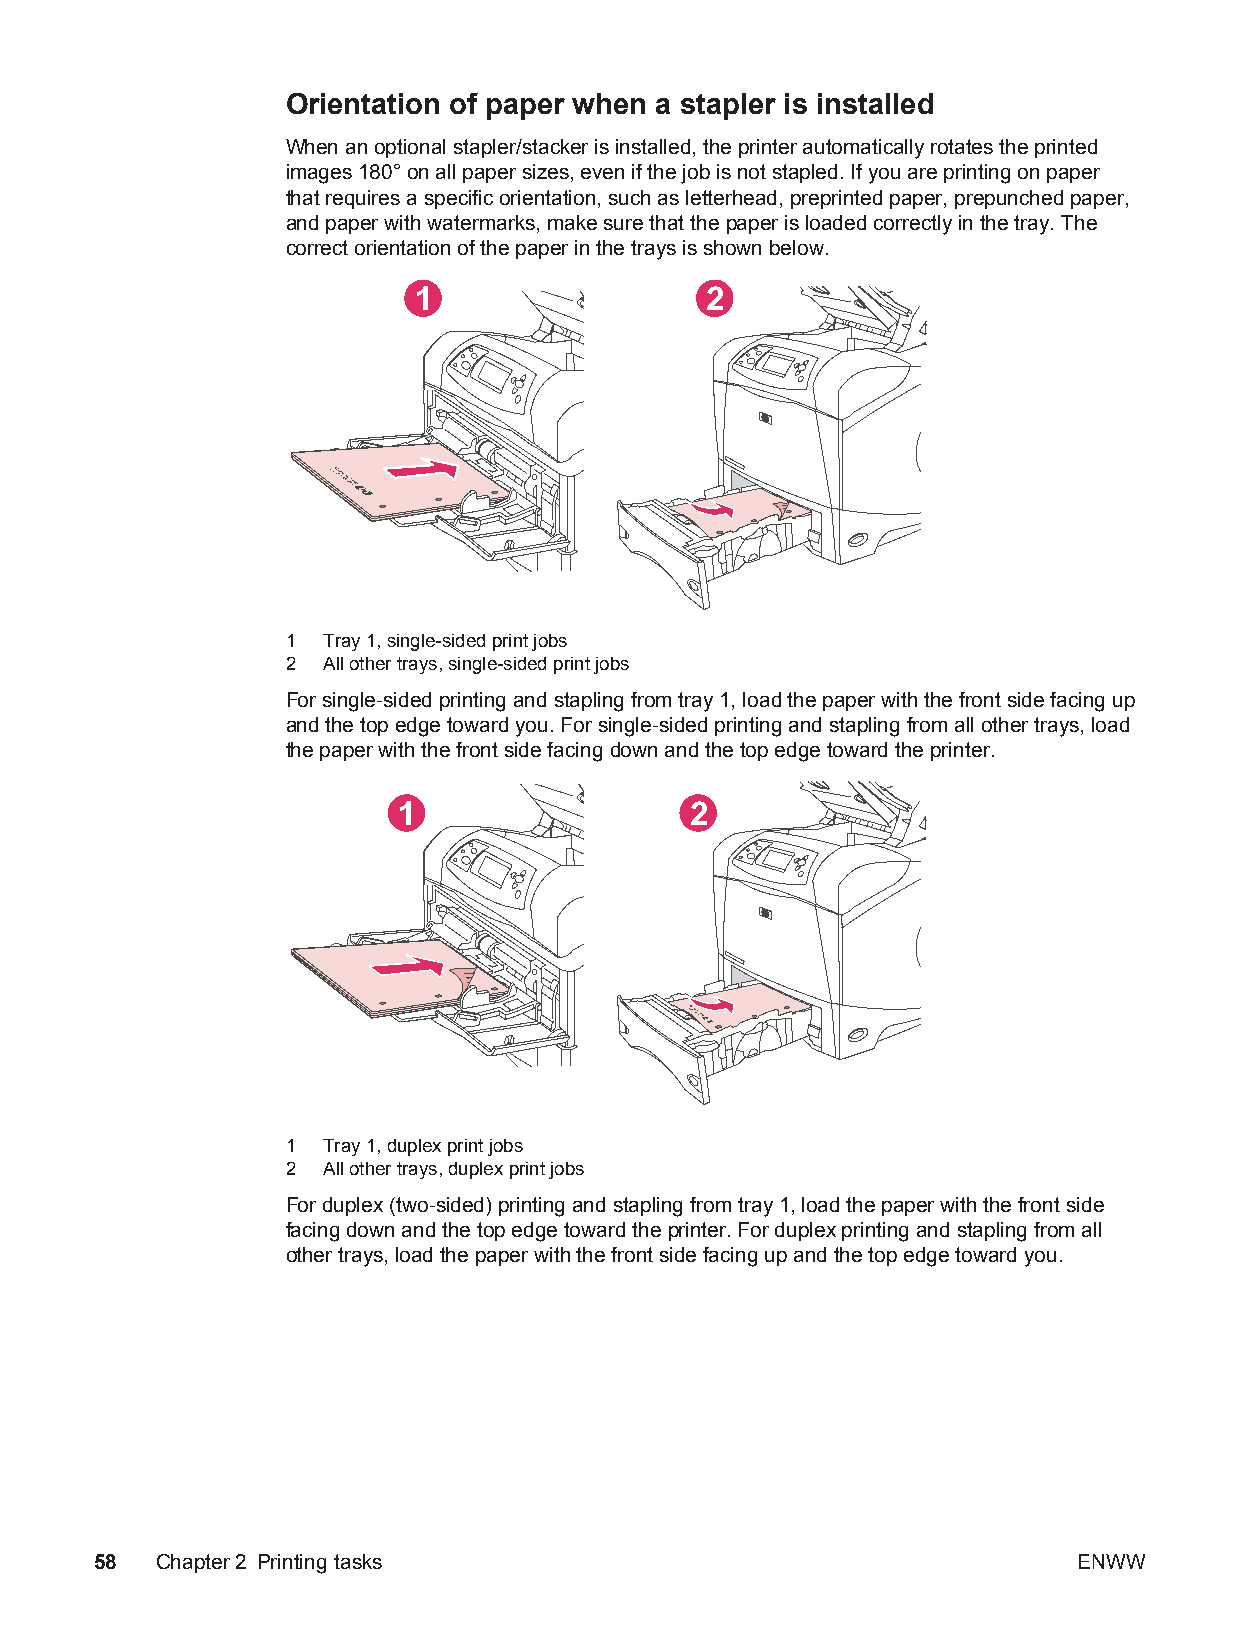
Orientation of paper when a stapler is installed
 When an optional stapler/stacker is installed, the printer automatically rotates the printed
 images 180° on all paper sizes, even if the job is not stapled. If you are printing on paper
 that requires a specific orientation, such as letterhead, preprinted paper, prepunched paper,
 and paper with watermarks, make sure that the paper is loaded correctly in the tray. The
 correct orientation of the paper in the trays is shown below.
 1                   2
 1 Tray 1, single-sided print jobs
 2 All other trays, single-sided print jobs
 For single-sided printing and stapling from tray 1, load the paper with the front side facing up
 and the top edge toward you. For single-sided printing and stapling from all other trays, load
 the paper with the front side facing down and the top edge toward the printer.
 1                   2
 1 Tray 1, duplex print jobs
 2 All other trays, duplex print jobs
 For duplex (two-sided) printing and stapling from tray 1, load the paper with the front side
 facing down and the top edge toward the printer. For duplex printing and stapling from all
 other trays, load the paper with the front side facing up and the top edge toward you.
 58  Chapter2 Printing tasks                                      ENWW